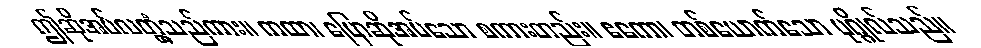
ဤဆိုအပ်လတ္တံ့သည်ကား။ ကထာ၊ ပြောဆိုအပ်သော စကားတည်း။ ဧကော၊ တစ်ယောက်သော ပုဂ္ဂိုလ်သည်။